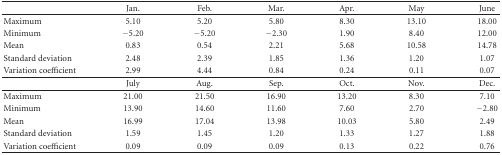
<table><thead><tr><td><b> </b></td><td><b>Jan.</b></td><td><b>Feb.</b></td><td><b>Mar.</b></td><td><b>Apr.</b></td><td><b>May</b></td><td><b>June</b></td></tr></thead><tbody><tr><td>Maximum</td><td>5.10</td><td>5.20</td><td>5.80</td><td>8.30</td><td>13.10</td><td>18.00</td></tr><tr><td>Minimum</td><td>−5.20</td><td>−5.20</td><td>−2.30</td><td>1.90</td><td>8.40</td><td>12.00</td></tr><tr><td>Mean</td><td>0.83</td><td>0.54</td><td>2.21</td><td>5.68</td><td>10.58</td><td>14.78</td></tr><tr><td>Standard deviation</td><td>2.48</td><td>2.39</td><td>1.85</td><td>1.36</td><td>1.20</td><td>1.07</td></tr><tr><td>Variation coefficient</td><td>2.99</td><td>4.44</td><td>0.84</td><td>0.24</td><td>0.11</td><td>0.07</td></tr><tr><td> </td><td>July</td><td>Aug.</td><td>Sep.</td><td>Oct.</td><td>Nov.</td><td>Dec.</td></tr><tr><td>Maximum</td><td>21.00</td><td>21.50</td><td>16.90</td><td>13.20</td><td>8.30</td><td>7.10</td></tr><tr><td>Minimum</td><td>13.90</td><td>14.60</td><td>11.60</td><td>7.60</td><td>2.70</td><td>−2.80</td></tr><tr><td>Mean</td><td>16.99</td><td>17.04</td><td>13.98</td><td>10.03</td><td>5.80</td><td>2.49</td></tr><tr><td>Standard deviation</td><td>1.59</td><td>1.45</td><td>1.20</td><td>1.33</td><td>1.27</td><td>1.88</td></tr><tr><td>Variation coefficient</td><td>0.09</td><td>0.09</td><td>0.09</td><td>0.13</td><td>0.22</td><td>0.76</td></tr></tbody></table>